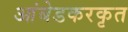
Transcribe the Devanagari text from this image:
आंबेडकरकृत